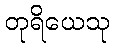
တုရိယေသု